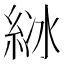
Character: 𦀋